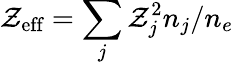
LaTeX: \mathcal{Z}_{\textrm{{eff}}}=\sum_{j}\mathcal{Z}_{j}^{2}n_{j}/n_{e}